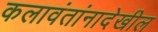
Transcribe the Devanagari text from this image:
कलावंतांनादेखील